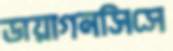
ডায়াগনসিসে